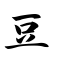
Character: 豆